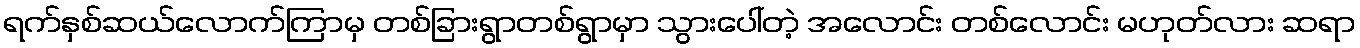
ရက်နှစ်ဆယ်လောက်ကြာမှ တစ်ခြားရွာတစ်ရွာမှာ သွားပေါ်တဲ့ အလောင်း တစ်လောင်း မဟုတ်လား ဆရာ